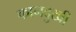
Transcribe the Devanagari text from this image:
कानदुखी